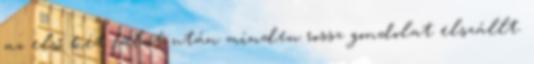
az első két falat után minden rossz gondolat elszállt.